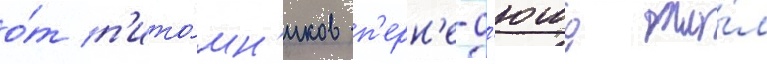
о́т п'ито́мн'иков п'ерн'е-д'юше жи́л